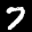
Label: 7